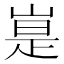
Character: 𪩃